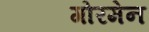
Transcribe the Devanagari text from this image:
गोरमेन